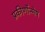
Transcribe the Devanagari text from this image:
प्रकीर्णोन्मेष